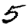
Digit: 5